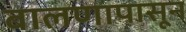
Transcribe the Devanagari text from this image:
बालणापासून